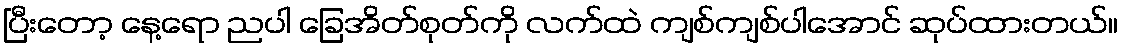
ပြီးတော့ နေ့ရော ညပါ ခြေအိတ်စုတ်ကို လက်ထဲ ကျစ်ကျစ်ပါအောင် ဆုပ်ထားတယ်။